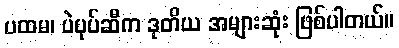
ပထမ၊ ပဲပုပ်ဆီက ဒုတိယ အများဆုံး ဖြစ်ပါတယ်။